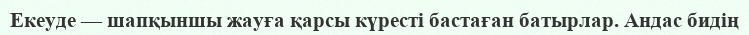
Екеуде — шапқыншы жауға қарсы күресті бастаған батырлар. Андас бидің